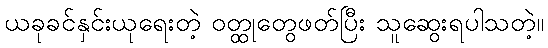
ယခုခင်နှင်းယုရေးတဲ့ ဝတ္ထုတွေဖတ်ပြီး သူဆွေးရပါသတဲ့။